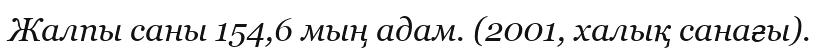
Жалпы саны 154,6 мың адам. (2001, халық санағы).